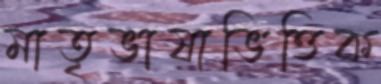
মাতৃভাষাভিত্তিক